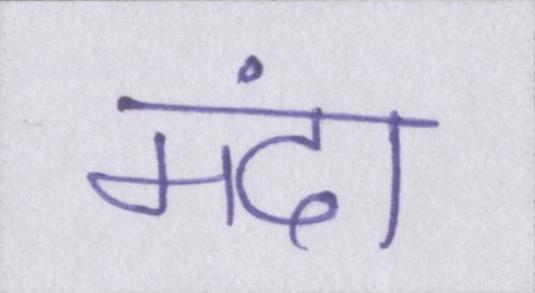
मंदा